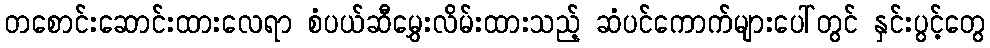
တစောင်းဆောင်းထားလေရာ စံပယ်ဆီမွှေးလိမ်းထားသည့် ဆံပင်ကောက်များပေါ်တွင် နှင်းပွင့်တွေ